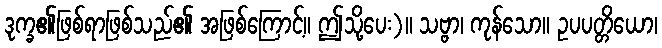
ဒုက္ခ၏ဖြစ်ရာဖြစ်သည်၏ အဖြစ်ကြောင့်။ ဤသို့ပေး)။ သဗ္ဗာ၊ ကုန်သော။ ဥပပတ္တိယော၊